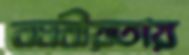
নমনীয়তায়